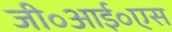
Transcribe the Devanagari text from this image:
जी॰आई॰एस